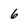
Character: 6